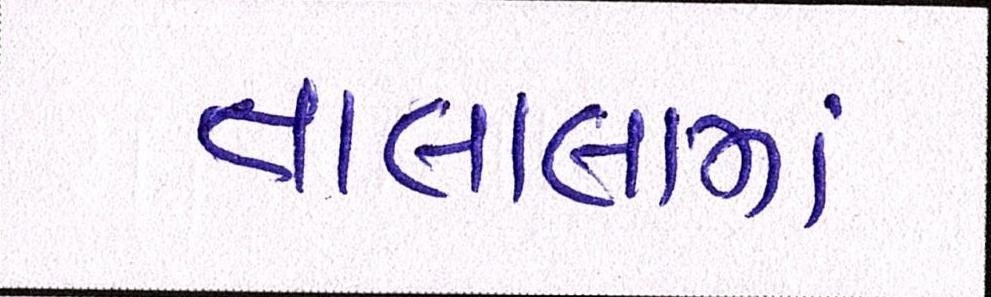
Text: તાલાલામાં